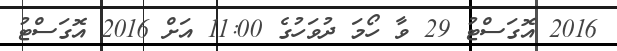
2016 އޮގަސްޓު 29 ވާ ހޯމަ ދުވަހުގެ 11:00 އަށް 2016 އޮގަސްޓު